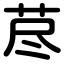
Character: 荩